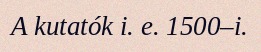
A kutatók i. e. 1500–i.